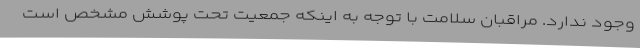
وجود ندارد. مراقبان سلامت با توجه به اینکه جمعیت تحت پوشش مشخص است